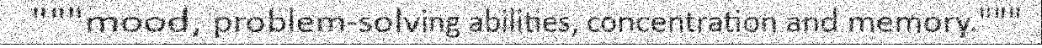
"""mood, problem-solving abilities, concentration and memory."""